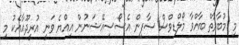
މި މުބާރާތް ބާއްވާ މޯލްޑިވްސް ސާފިން އެސޯސިއޭޝަނުން އިއްޔެ ވަނީ އުރީދޫއާއެކު މި